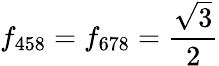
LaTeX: f_{458}=f_{678}={\frac{\sqrt{3}}{2}}